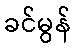
ခင်မွန်